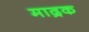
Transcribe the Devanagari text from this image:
माद्रक